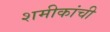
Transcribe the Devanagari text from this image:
शमीकांची